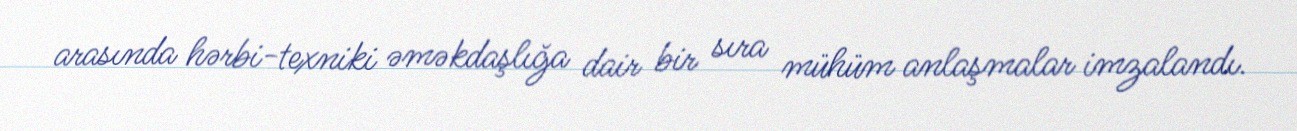
arasında hərbi-texniki əməkdaşlığa dair bir sıra mühüm anlaşmalar imzalandı.